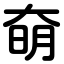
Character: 奛